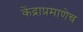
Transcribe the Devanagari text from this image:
केंद्राप्रमाणेच